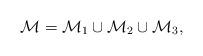
LaTeX: \begin{align*}\mathcal{M}=\mathcal{M}_1\cup\mathcal{M}_2\cup\mathcal{M}_3,\end{align*}